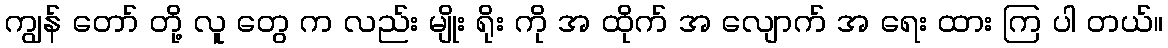
ကျွန် တော် တို့ လူ တွေ က လည်း မျိုး ရိုး ကို အ ထိုက် အ လျောက် အ ရေး ထား ကြ ပါ တယ်။